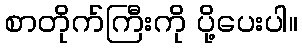
စာတိုက်ကြီးကို ပို့ပေးပါ။